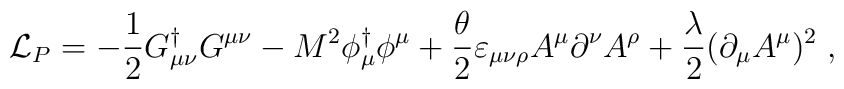
{\cal L}_P=-\frac12 G^{\dagger}_{\mu\nu} G^{\mu\nu} - M^2 \phi^{\dagger}_{\mu}\phi^\mu  + \frac{\theta}{2} \varepsilon_{\mu\nu\rho} A^\mu \partial^\nu A^\rho +\frac{\lambda}{2}(\partial_\mu A^\mu)^2\; ,